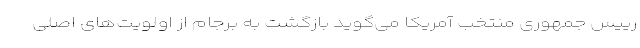
رییس جمهوری منتخب آمریکا می‌گوید بازگشت به برجام از اولویت‌های اصلی